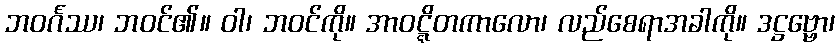
ဘဝင်္ဂဿ၊ ဘဝင်၏။ ဝါ၊ ဘဝင်ကို။ အာဝဋ္ဋိတကာလော၊ လည်စေရာအခါကို။ ဒဋ္ဌဗ္ဗော၊